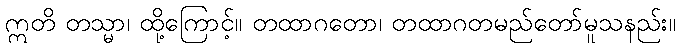
ဣတိ တသ္မာ၊ ထို့ကြောင့်။ တထာဂတော၊ တထာဂတမည်တော်မူသနည်း။